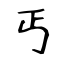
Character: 丐